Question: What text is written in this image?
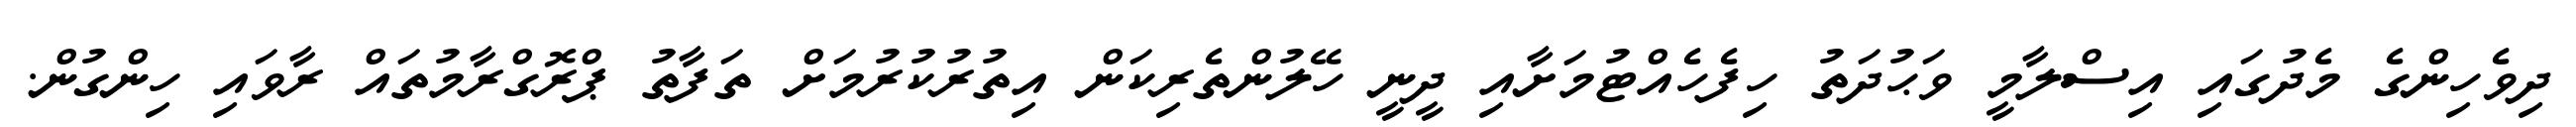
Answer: ދިވެހިންގެ މެދުގައި އިސްލާމީ ވަޙުދަތު ހިފެހެއްޓުމަށާއި ދީނީ ހޭލުންތެރިކަން އިތުރުކުރުމަށް ތަފާތު ޕްރޮގްރާމުތައް ރާވައި ހިންގުން.